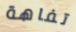
تفاهة